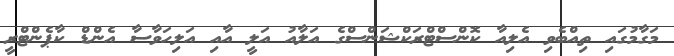
މަގާމުގައި ތިއްބެވި އެލިއާ ކޮންސްޓްރަކްޝަންސްގެ އަލާއު އަލީ އާއި އަލިހަވާސާ އެންޑް ކާޕެންޓްރީ